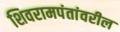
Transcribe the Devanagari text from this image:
शिवरामपंतांवरील